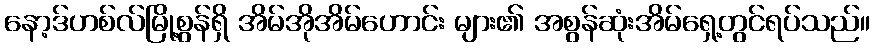
နော့ဒ်ဟစ်လ်မြို့စွန်ရှိ အိမ်အိုအိမ်ဟောင်း များ၏ အစွန်ဆုံးအိမ်ရှေ့တွင်ရပ်သည်။